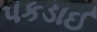
પકડાઈ